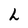
Character: h